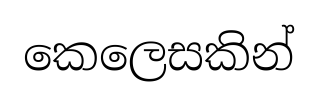
කෙලෙසකින්